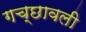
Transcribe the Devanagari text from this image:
गच्छावली